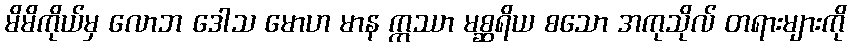
မိမိကိုယ်မှ လောဘ ဒေါသ မောဟ မာန ဣဿာ မစ္ဆရိယ စသော အကုသိုလ် တရားများကို